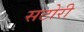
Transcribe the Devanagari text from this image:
सटोरी